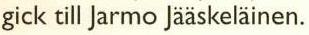
gick till Jarmo Jääskeläinen.